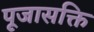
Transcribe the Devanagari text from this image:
पूजासक्ति